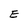
Character: E